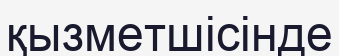
қызметшісінде